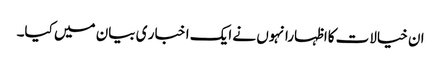
ان خیالات کااظہارانہوں نے ایک ا خبا ر ی بیان میں کیا۔